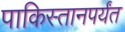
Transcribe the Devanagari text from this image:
पाकिस्तानपर्यंत